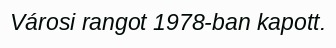
Városi rangot 1978-ban kapott.